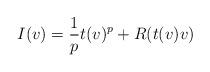
LaTeX: \begin{align*} I(v) = \frac 1p t(v)^p + R(t(v)v)\end{align*}